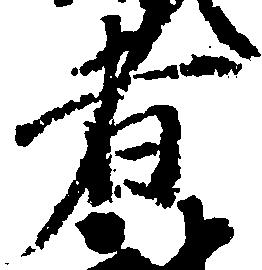
者